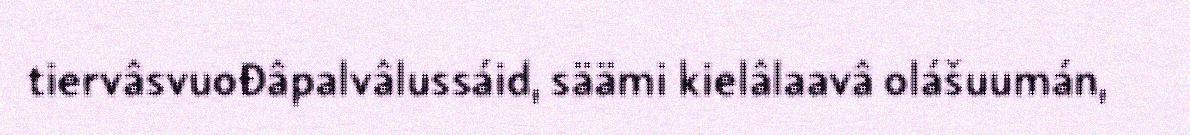
tiervâsvuođâpalvâlussáid, säämi kielâlaavâ olášuumán,